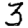
Digit: 3